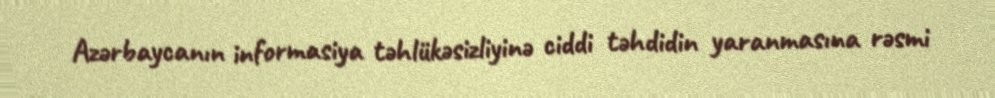
Azərbaycanın informasiya təhlükəsizliyinə ciddi təhdidin yaranmasına rəsmi